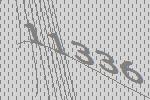
11336